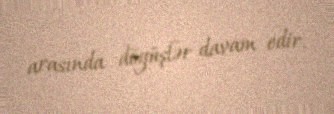
arasında döyüşlər davam edir.